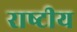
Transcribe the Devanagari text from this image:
राष्‍टीय